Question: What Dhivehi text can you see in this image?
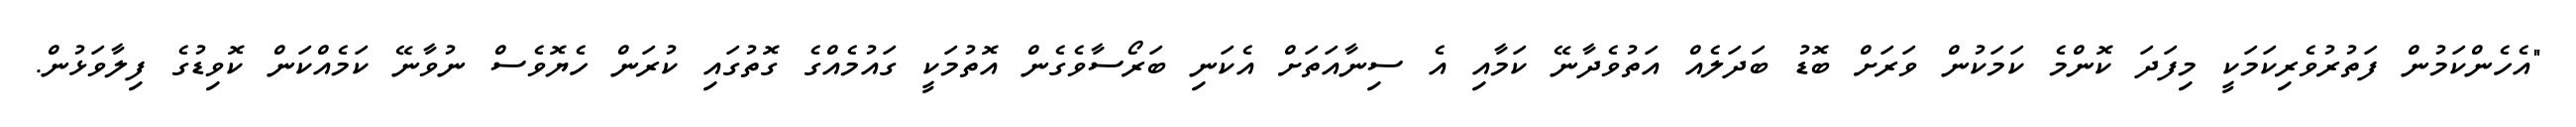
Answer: "އެހެންކަމުން ފަތުރުވެރިކަމަކީ މިފަދަ ކޮންމެ ކަމަކުން ވަރަށް ބޮޑު ބަދަލެއް އަތުވެދާނޭ ކަމާއި އެ ސިނާއަތަށް އެކަނި ބަރޯސާވެގެން އޮތުމަކީ ގައުމެއްގެ ގޮތުގައި ކުރަން ހެޔޮވެސް ނުވާނޭ ކަމެއްކަން ކޮވިޑުގެ ފިލާވަޅުން.